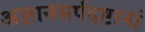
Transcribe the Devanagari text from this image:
अज्ञानसर्पदष्टानां